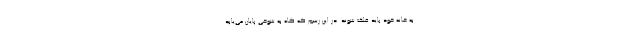
به خانه خود باید فلک شوند. در این رسم که گاه به شوخی پایان می‌یابد